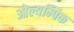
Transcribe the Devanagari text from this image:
ओल्यम्पिक